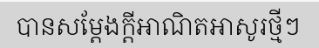
បានសម្តែងក្តីអាណិតអាសូរថ្មីៗ